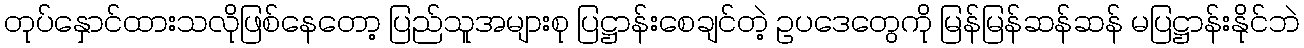
တုပ်နှောင်ထားသလိုဖြစ်နေတော့ ပြည်သူအများစု ပြဋ္ဌာန်းစေချင်တဲ့ ဥပဒေတွေကို မြန်မြန်ဆန်ဆန် မပြဋ္ဌာန်းနိုင်ဘဲ